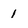
Character: 1